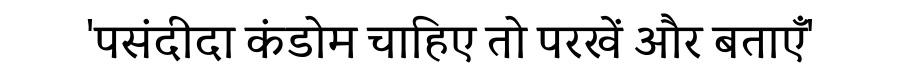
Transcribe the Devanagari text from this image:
'पसंदीदा कंडोम चाहिए तो परखें और बताएँ'